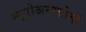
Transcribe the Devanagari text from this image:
न्यूरोअनाटोमी